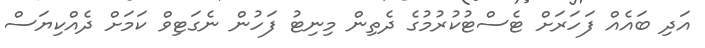
އަދި ބައެއް ފަހަރަށް ޓެސްޓުކުރުމުގެ ދެތިން މިނިޓު ފަހުން ނެގަޓިވް ކަމަށް ދެއްކިޔަސް